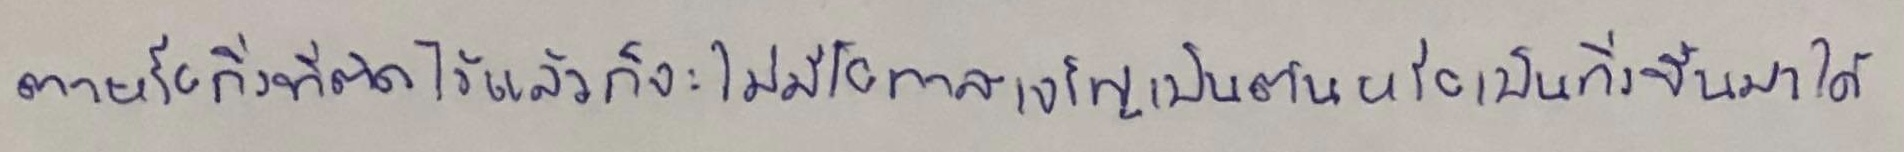
ตาหรือกิ่งที่ติดไว้แล้วก็จะไม่มีโอกาสเจริญเป็นต้นหรือเป็นกิ่งขึ้นมาได้